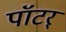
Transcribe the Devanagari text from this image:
पॉटर्